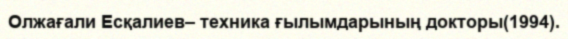
Олжағали Есқалиев– техника ғылымдарының докторы(1994).